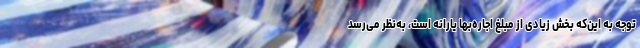
توجه به این‌که بخش زیادی از مبلغ اجاره‌بها یارانه است، به‌نظر می‌رسد